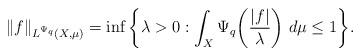
LaTeX: \begin{align*} \|f\|_{L^{\Psi_q}(X,\mu)}=\inf\bigg\{\lambda>0:\int_X\Psi_q\bigg(\frac{|f|}{\lambda}\bigg)~d\mu\leq1\bigg\}.\end{align*}